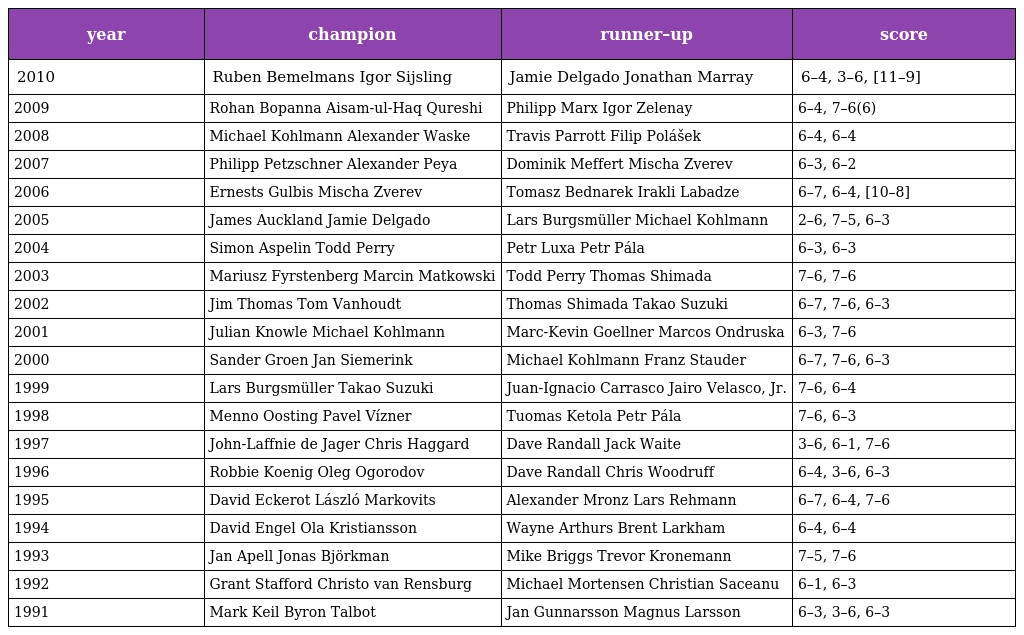
| year | champion | runner–up | score |
 | --- | --- | --- | --- |
 | 2010 | Ruben Bemelmans Igor Sijsling | Jamie Delgado Jonathan Marray | 6–4, 3–6, [11–9] |
 | 2009 | Rohan Bopanna Aisam-ul-Haq Qureshi | Philipp Marx Igor Zelenay | 6–4, 7–6(6) |
 | 2008 | Michael Kohlmann Alexander Waske | Travis Parrott Filip Polášek | 6–4, 6–4 |
 | 2007 | Philipp Petzschner Alexander Peya | Dominik Meffert Mischa Zverev | 6–3, 6–2 |
 | 2006 | Ernests Gulbis Mischa Zverev | Tomasz Bednarek Irakli Labadze | 6–7, 6–4, [10–8] |
 | 2005 | James Auckland Jamie Delgado | Lars Burgsmüller Michael Kohlmann | 2–6, 7–5, 6–3 |
 | 2004 | Simon Aspelin Todd Perry | Petr Luxa Petr Pála | 6–3, 6–3 |
 | 2003 | Mariusz Fyrstenberg Marcin Matkowski | Todd Perry Thomas Shimada | 7–6, 7–6 |
 | 2002 | Jim Thomas Tom Vanhoudt | Thomas Shimada Takao Suzuki | 6–7, 7–6, 6–3 |
 | 2001 | Julian Knowle Michael Kohlmann | Marc-Kevin Goellner Marcos Ondruska | 6–3, 7–6 |
 | 2000 | Sander Groen Jan Siemerink | Michael Kohlmann Franz Stauder | 6–7, 7–6, 6–3 |
 | 1999 | Lars Burgsmüller Takao Suzuki | Juan-Ignacio Carrasco Jairo Velasco, Jr. | 7–6, 6–4 |
 | 1998 | Menno Oosting Pavel Vízner | Tuomas Ketola Petr Pála | 7–6, 6–3 |
 | 1997 | John-Laffnie de Jager Chris Haggard | Dave Randall Jack Waite | 3–6, 6–1, 7–6 |
 | 1996 | Robbie Koenig Oleg Ogorodov | Dave Randall Chris Woodruff | 6–4, 3–6, 6–3 |
 | 1995 | David Eckerot László Markovits | Alexander Mronz Lars Rehmann | 6–7, 6–4, 7–6 |
 | 1994 | David Engel Ola Kristiansson | Wayne Arthurs Brent Larkham | 6–4, 6–4 |
 | 1993 | Jan Apell Jonas Björkman | Mike Briggs Trevor Kronemann | 7–5, 7–6 |
 | 1992 | Grant Stafford Christo van Rensburg | Michael Mortensen Christian Saceanu | 6–1, 6–3 |
 | 1991 | Mark Keil Byron Talbot | Jan Gunnarsson Magnus Larsson | 6–3, 3–6, 6–3 |